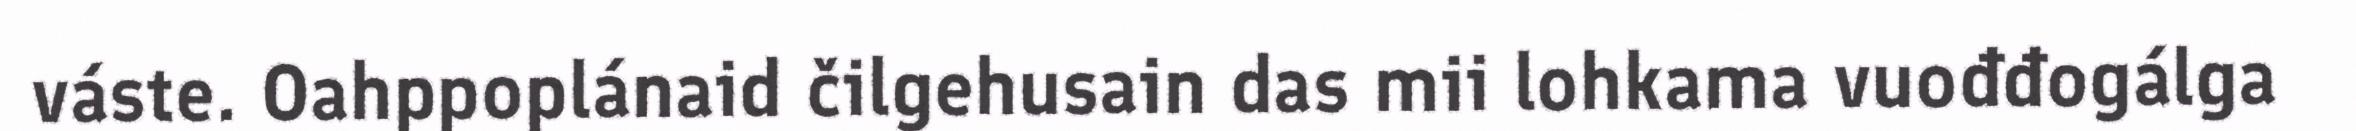
váste. Oahppoplánaid čilgehusain das mii lohkama vuođđogálga